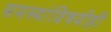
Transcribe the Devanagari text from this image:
समस्यांविषयीही